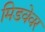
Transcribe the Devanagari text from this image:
मिडवेवर